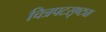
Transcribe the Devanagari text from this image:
चित्रपटसृष्ट्या